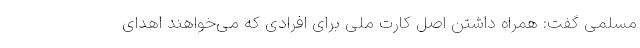
مسلمی گفت: همراه داشتن اصل کارت ملی برای افرادی که می‌خواهند اهدای